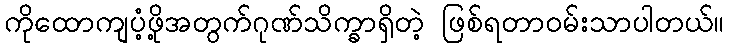
ကိုထောကျပံ့ဖို့အတွက်ဂုဏ်သိက္ခာရှိတဲ့ ဖြစ်ရတာဝမ်းသာပါတယ်။